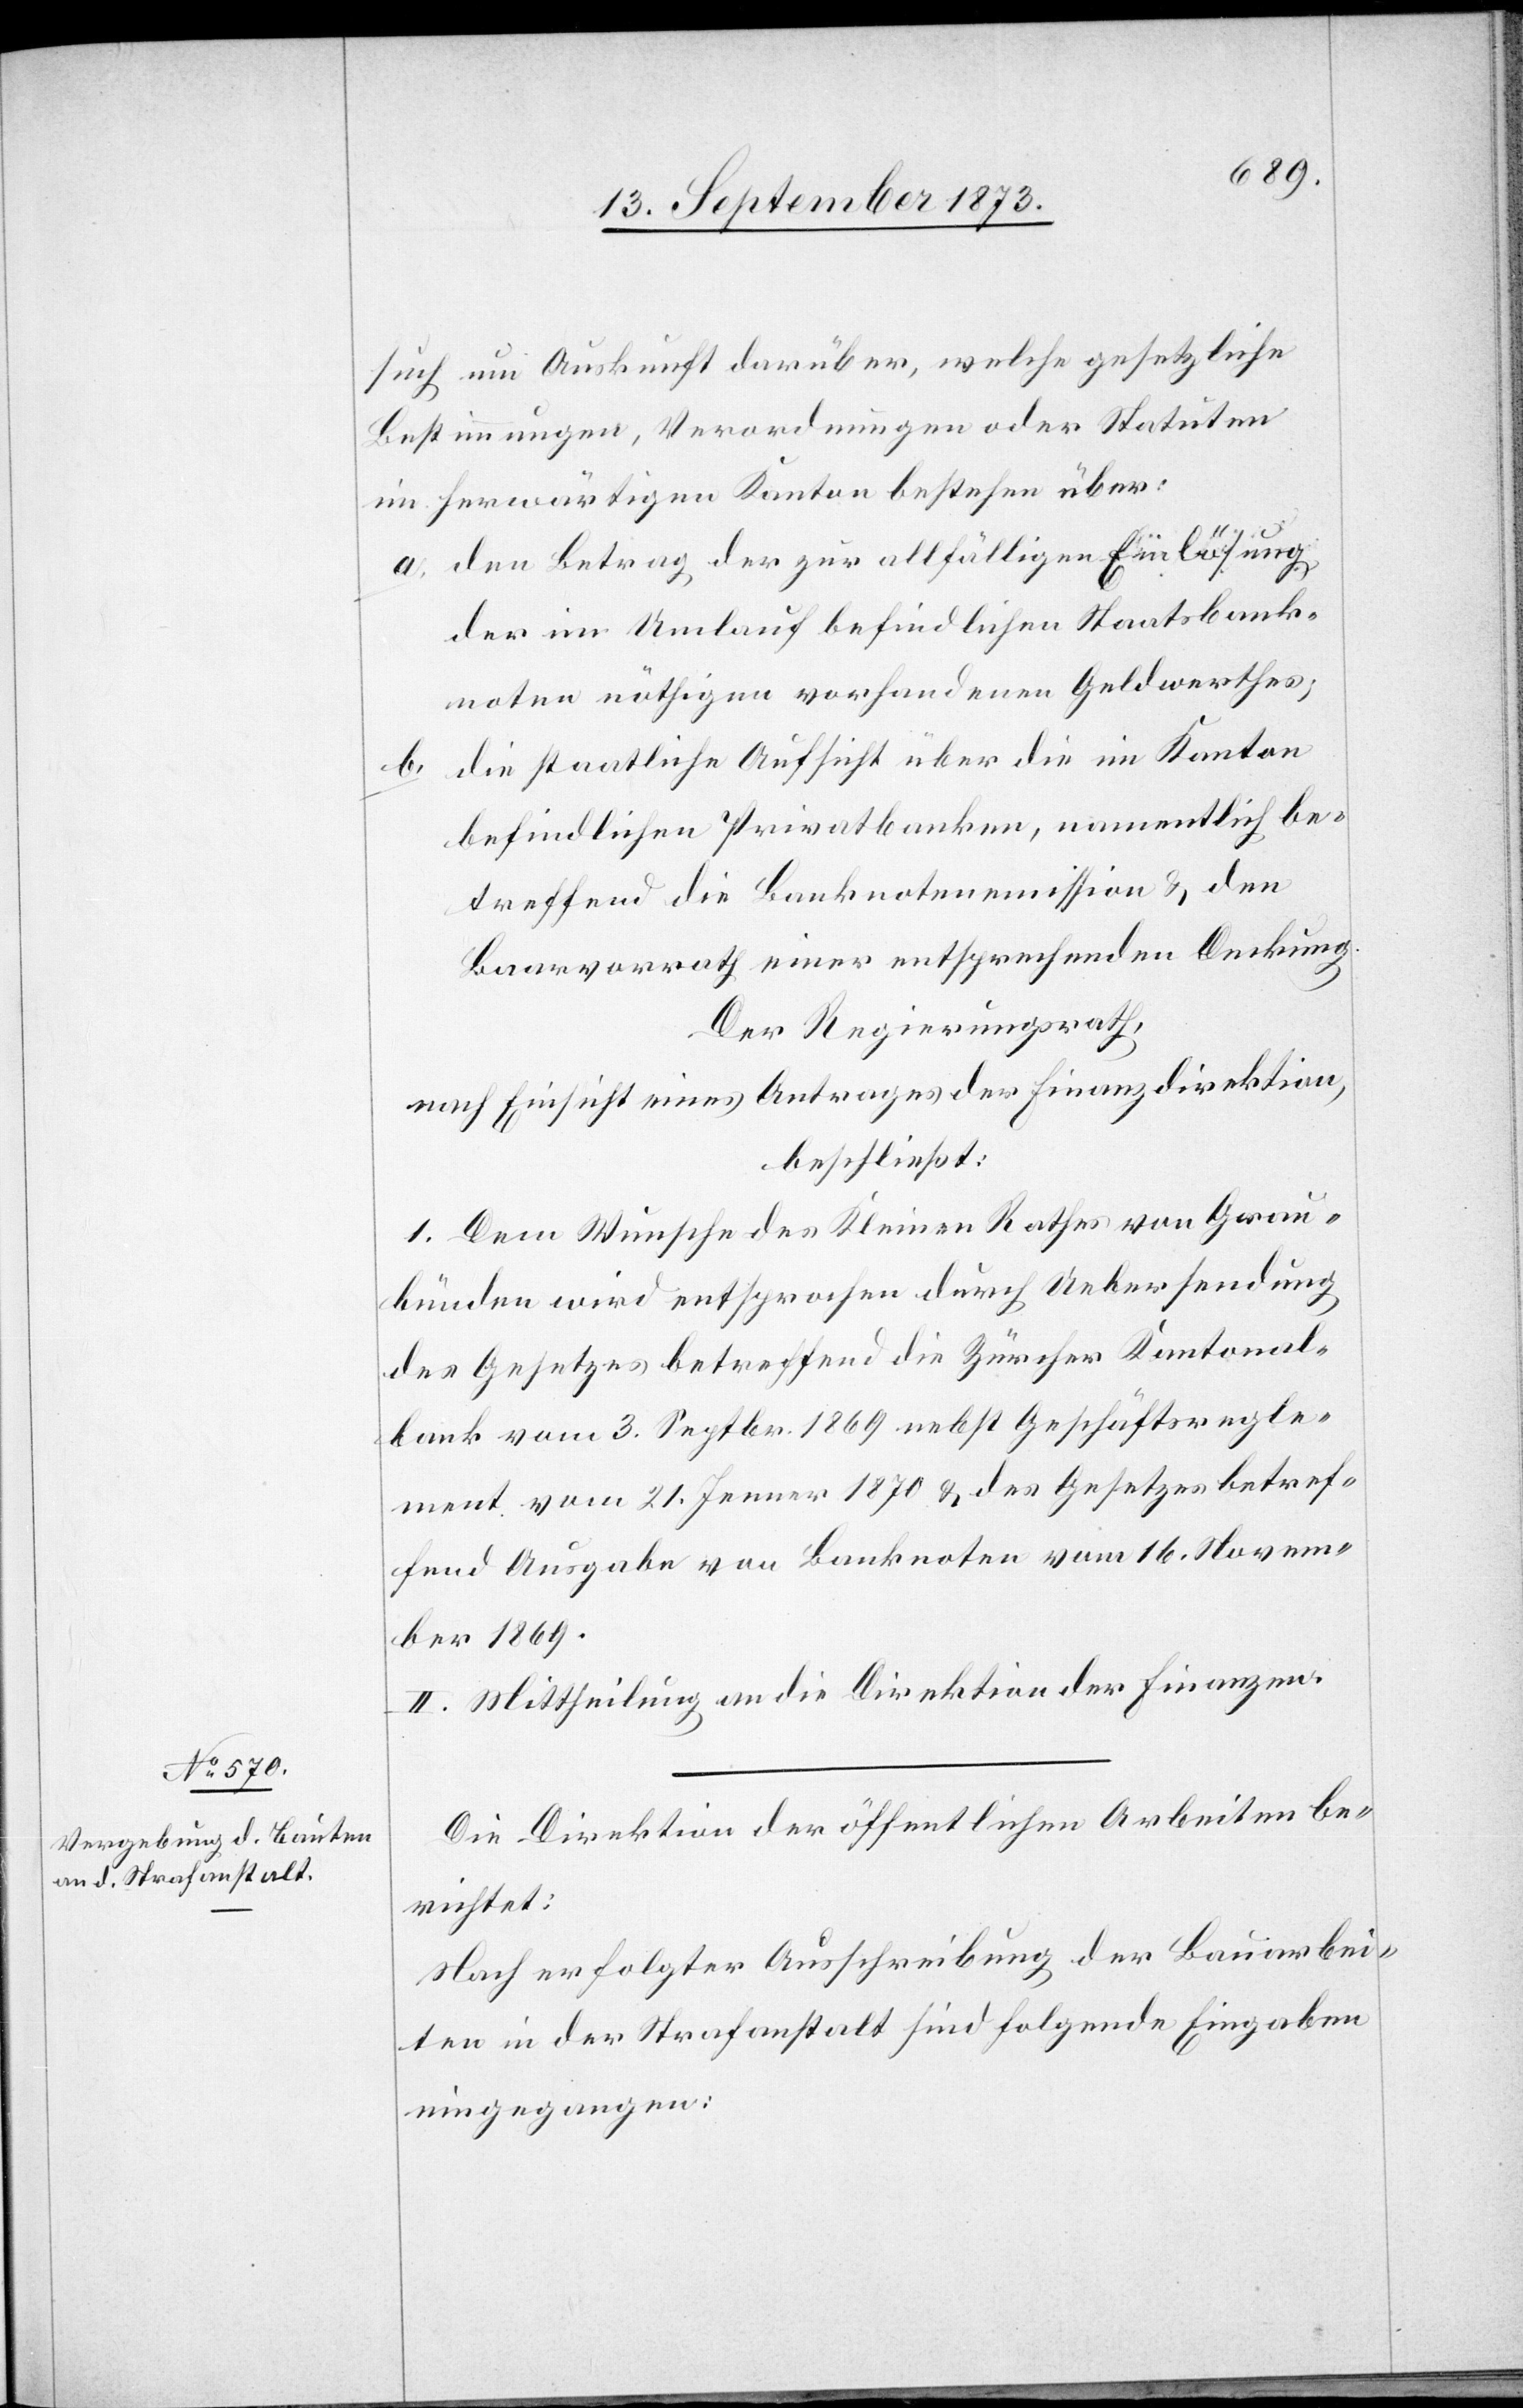
such um Auskunft darüber, welche gesetzliche
Bestimmungen, Verordnungen oder Statuten
im herwärtigen Kanton bestehen über:
a. den Betrag der [sic!] zur allfälligen Einlösung
der im Umlauf befindlichen Staatsbank¬
noten nöthigen vorhandenen Geldwerthes;
die staatliche Aufsicht über die im Kanton
b.
befindlichen Privatbanken, namentlich be¬
treffend die Banknotenemission & den
Baarvorrath einer entsprechenden Deckung.
Der Regierungsrath,
nach Einsicht eines Antrages der Finanzdirektion,
beschließt:
1. Dem Wunsche des Kleinen Rathes von Grau¬
bünden wird entsprochen durch Uebersendung
des Gesetzes betreffend die Zürcher Kantonal¬
bank vom 3. Septbr. 1869 nebst Geschäftsregle¬
ment vom 21. Jenner 1870 & des Gesetzes betref¬
fend Ausgabe von Banknoten vom 16. Novem¬
ber 1869.
II. Mittheilung an die Direktion der Finanzen.
Die Direktion der öffentlichen Arbeiten be¬
richtet:
Nach erfolgter Ausschreibung der Bauarbei¬
ten in der Strafanstalt sind folgende Eingaben
eingegangen: